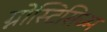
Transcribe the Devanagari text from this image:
ग्नोस्टिसिज्म